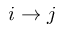
i \rightarrow j